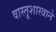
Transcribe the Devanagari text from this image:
वास्तूशास्त्राने